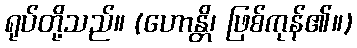
ရုပ်တို့သည်။ (ဟောန္တိ၊ ဖြစ်ကုန်၏။)